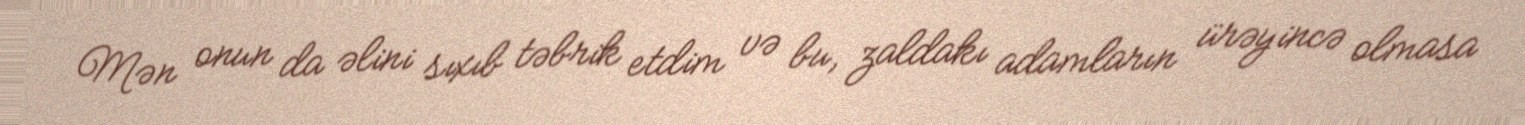
Mən onun da əlini sıxıb təbrik etdim və bu, zaldakı adamların ürəyincə olmasa